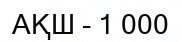
АҚШ - 1 000